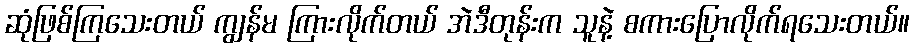
ဆုံဖြစ်ကြသေးတယ် ကျွန်မ ကြားလိုက်တယ် အဲဒီတုန်းက သူနဲ့ စကားပြောလိုက်ရသေးတယ်။